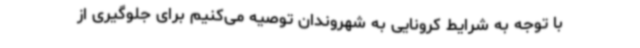
با توجه به شرایط کرونایی به شهروندان توصیه می‌کنیم برای جلوگیری از